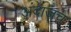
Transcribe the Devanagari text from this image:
अंदाजच